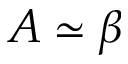
A \simeq \beta